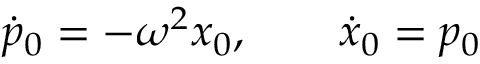
\dot { p } _ { 0 } = - \omega ^ { 2 } x _ { 0 } , \qquad \dot { x } _ { 0 } = p _ { 0 }